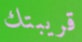
قريبتك